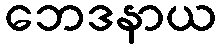
ဘေဒနာယ